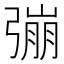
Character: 𢐒